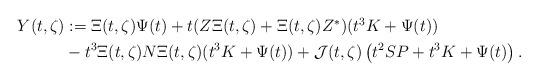
LaTeX: \begin{align*}\begin{aligned}Y(t,\zeta)&:= \Xi(t,\zeta) \Psi(t) + t (Z \Xi(t,\zeta) + \Xi(t,\zeta) Z^*)(t^3 K + \Psi(t))\\& - t^3 \Xi(t,\zeta) N \Xi(t,\zeta) (t^3 K + \Psi(t)) + \mathcal{J} (t,\zeta) \left( t^2 SP + t^3 K + \Psi (t) \right).\end{aligned}\end{align*}